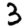
Digit: 3